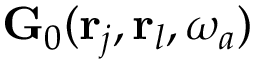
{ \bf G } _ { 0 } ( { \bf r } _ { j } , { \bf r } _ { l } , \omega _ { a } )